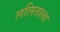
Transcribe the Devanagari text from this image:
ललिताला